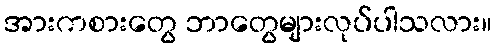
အားကစားတွေ ဘာတွေများလုပ်ပါသလား။